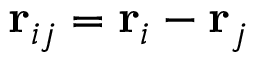
\mathbf { r } _ { i j } = \mathbf { r } _ { i } - \mathbf { r } _ { j }